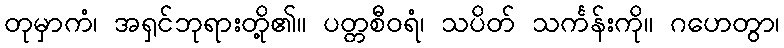
တုမှာကံ၊ အရှင်ဘုရားတို့၏။ ပတ္တစီဝရံ၊ သပိတ် သင်္ကန်းကို။ ဂဟေတွာ၊